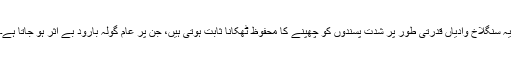
یہ سنگلاخ وادیاں قدرتی طور پر شدت پسندوں کو چھپنے کا محفوظ ٹھکانا ثابت ہوتی ہیں، جن پر عام گولہ بارود بے اثر ہو جاتا ہے۔